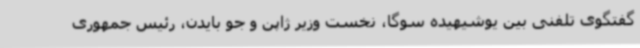
گفتگوی تلفنی بین یوشیهیده سوگا، نخست وزیر ژاپن و جو بایدن، رئیس جمهوری